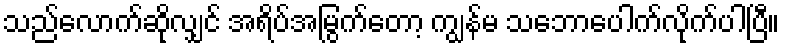
သည်လောက်ဆိုလျှင် အရိပ်အမြွက်တော့ ကျွန်မ သဘောပေါက်လိုက်ပါပြီ။